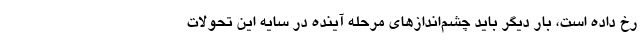
رخ داده است، بار دیگر باید چشم‌اندازهای مرحله آینده در سایه این تحولات